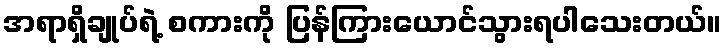
အရာရှိချုပ်ရဲ့ စကားကို ပြန်ကြားယောင်သွားရပါသေးတယ်။